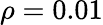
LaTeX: \rho=0.01